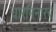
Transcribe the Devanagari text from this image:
चारमिनारचे